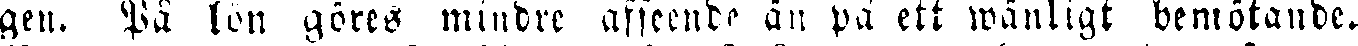
gen. På lön göres mindre afseende än på ett wänligt bemötande.